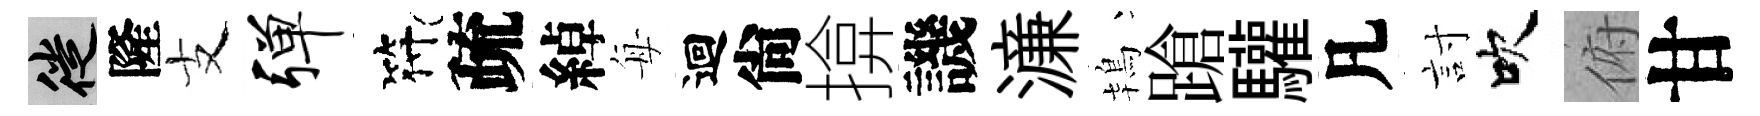
徙隆支弹符疏綽每迴尙揜譏濓鴇蹌驩凡討吹俯甘